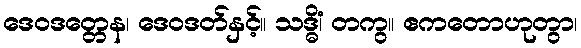
ဒေဝဒတ္တေန၊ ဒေဝဒတ်နှင့်။ သဒ္ဓိံ၊ တကွ။ ဧကတောဟုတွာ၊